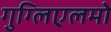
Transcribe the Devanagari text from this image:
गुग्लिएलमो